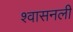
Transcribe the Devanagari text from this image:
श्‍वासनली